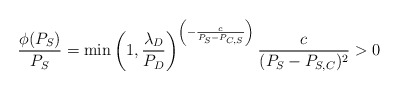
\begin{align*}\frac{ \phi (P_{S}) }{ P_{S}} = \min \left(1, \frac{\lambda_{D}}{P_{D}} \right) ^{\left( - \frac{c}{P_{S} - P_{C, S}} \right)} \frac{c}{(P_{S} - P_{S, C})^{2}} > 0\end{align*}